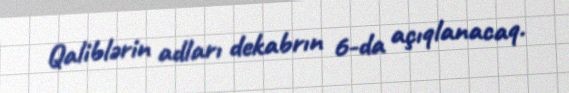
Qaliblərin adları dekabrın 6-da açıqlanacaq.